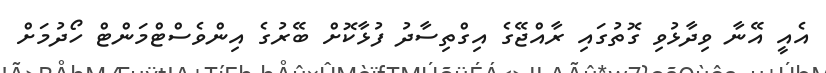
އެއީ އޭނާ ވިދާޅުވި ގޮތުގައި ރާއްޖޭގެ އިގްތިސާދު ފުުޅާކޮށް ބޭރުގެ އިންވެސްޓްމަންޓް ހޯދުމަށް